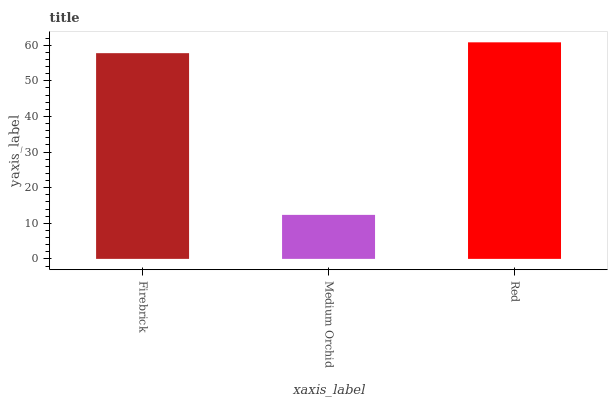
| xaxis_label | bars |
 | --- | --- |
 | Firebrick | 57.8 |
 | Medium Orchid | 12.4 |
 | Red | 60.8 |